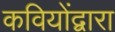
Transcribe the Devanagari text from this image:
कवियोंद्वारा